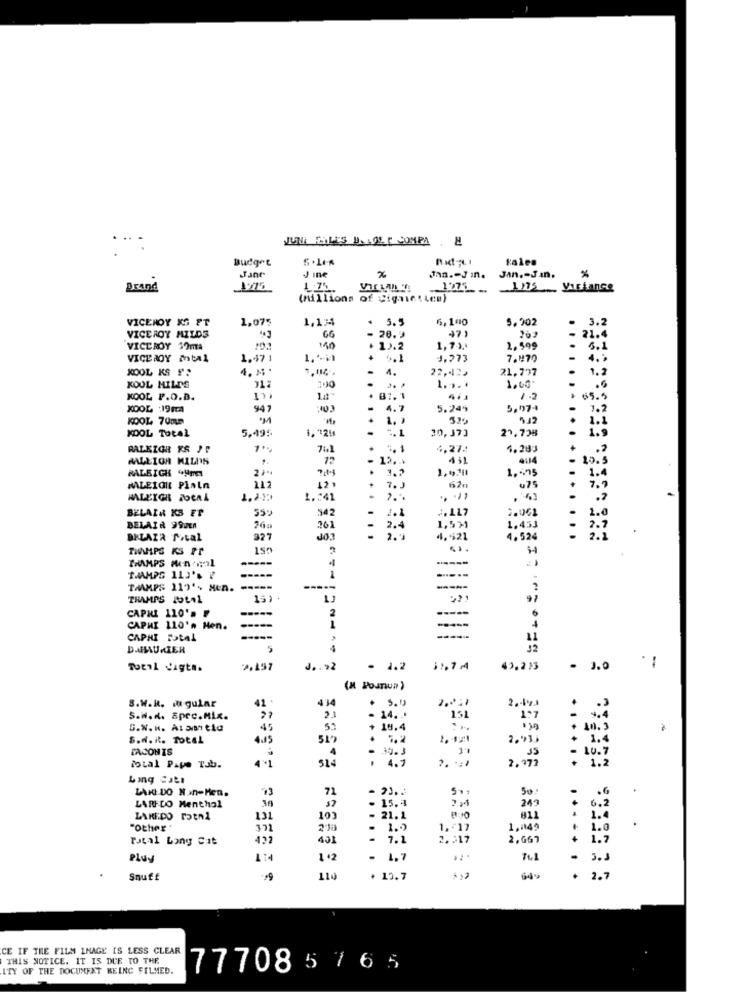
....
JUNA ELLES DAGE F COMPA . H
Budget
J ine
%
Jan .- J in. Jan .- Jan.
Brand
1.71.
17-
1/75 _ Variance
(millions of Cigarettes)
VICEROY KG FT
1,075
1,134
* 5.5
6,100
5.902
3.2
47
21.4
VICEROY MILDS
263
VICEROY 19ma
140
1).2
1.73.
2.599
5.1
VICEROY Mtal
1.47 1
+ +.1
1.273
7.970
KOOL KS F
4. M .
4.
22,4122
21,737
1.2
KOOL MILDE
212
100
.
1,00
.6
KOOL P.O.B.
* 87.1
* 65.5
KOOL 198
947
30 3
-
4.7
5.245
5,97-4
3.2
KOOL 70mm
1. 1
5.42
20,373
27.728
KOOL Total
5,495
1.9
RALEIGR KS !!
7:1
%1
4,27:
4.283
MALLIGH MILDS
12
- 12 ...
20.5
RALEIGH Um
1,995
1.4
.
3.7
MALEIGIL Plain
212
42
475
7.7
HALEIGH HOERA
1 .: 41
.
..
.....
BELAZA KS ET
542
3.061
-
BELAIR 990LA
26]
2.4
1,5%
1,451
2.7
BRLAZA Stal
327
JO
4,521
4.52
TIPS KS Pr
150
14
TRAMPS Aun Gol
THAMPS 113'S ?
1
TAAMPS 119'- Men. -----
-----
THAMPS JOLAL
-----
CAPHE 110'n F
2
CAPHI 110'n Hen.
-----
CAPHI FatAl
DAHAUMIER
Total Sagte.
J .. »2
- 1.2
49.233
- 3.0
(M PouTIun )
S.W.R. mu gular
41 .
434
5.9
- 14 ..
S.W. d. Sprc.Mix.
21
157
G.W.H. ALas tia
+
19.4
S.d. it. TotAL
4.15
2.93
+ 1.4
TACON IS
- 40.3
4 º1
. 4.7
2. 377
10.7
..
total Pipe Tab.
Ling Satt
LARI DO N In-Men.
71
.
30
.
- 15,4
7MM
LAREDO Menthal
57
LAREDO POEnZ
103
21.1
"Other
1.5
1,17
1,1049
1.0
Fatal bang Cit
432
431
7.1
2.317
2,667
+
1.7
Pluy
- 1,7
...
.
Snuff
10.7
3 ,2
649
.
2.7
CE IF THE FILM IMAGE IS LESS CLEAR
THIS NOTICE. IT IS DUE TO THE
ITY OF THE DOCUMENT BEING FILMED.
777085 7 6 5